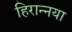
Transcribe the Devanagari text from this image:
हिरान्नया